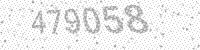
Solution: 479058